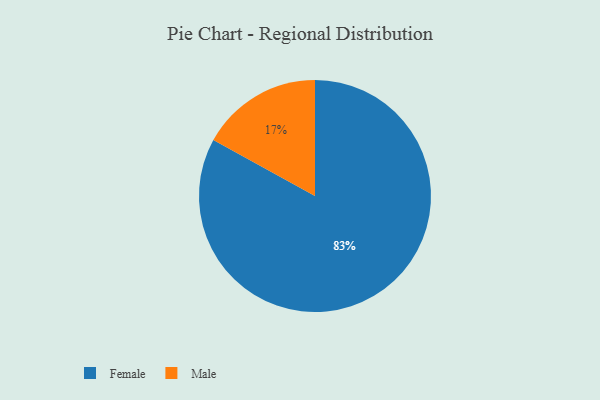
{"axis": {"x": "Category", "y": "Percentage"}, "legend": ["Female", "Male"], "data": [{"x": "Male", "y": 17, "type": "Male"}, {"x": "Female", "y": 83, "type": "Female"}]}